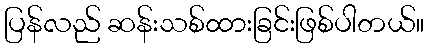
ပြန်လည် ဆန်းသစ်ထားခြင်းဖြစ်ပါတယ်။